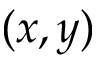
( x , y )